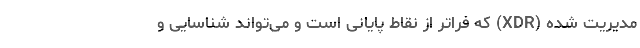
مدیریت شده (XDR) که فراتر از نقاط پایانی است و می‌تواند شناسایی و